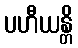
ပဟီယန္တိ